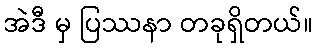
အဲဒီ မှ ပြဿနာ တခုရှိတယ်။